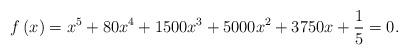
LaTeX: \begin{align*}f\left( x\right) =x^{5}+80x^{4}+1500x^{3}+5000x^{2}+3750x+\frac{1}{5}=0. \end{align*}